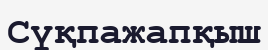
Сүқпажапқыш